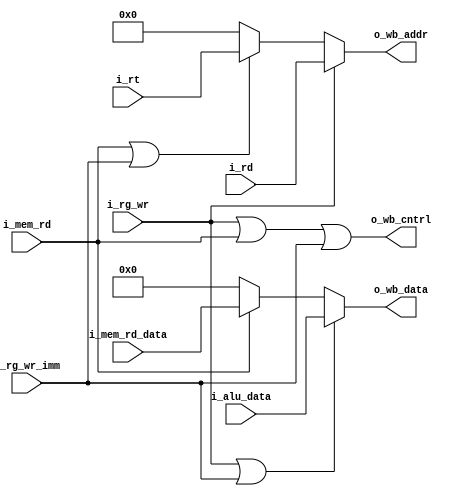
/////////////////////////////////////////////////////////////////////
//
//
//
//
//
/////////////////////////////////////////////////////////////////////





module wb (
    i_rg_wr,
    i_rg_wr_imm,
    i_mem_rd,
    i_rt,
    i_rd,
    i_alu_data,
    i_mem_rd_data,
    o_wb_addr,
    o_wb_cntrl,
    o_wb_data
);


input [0:0] i_rg_wr;
input [0:0] i_rg_wr_imm;
input [0:0] i_mem_rd;
input [4:0] i_rt;
input [4:0] i_rd;
input [31:0] i_alu_data;
input [31:0] i_mem_rd_data;
output [4:0] o_wb_addr;
reg [4:0] o_wb_addr;
output [0:0] o_wb_cntrl;
wire [0:0] o_wb_cntrl;
output [31:0] o_wb_data;
reg [31:0] o_wb_data;





assign o_wb_cntrl = ((i_rg_wr | i_mem_rd) | i_rg_wr_imm);


always @(i_rd, i_mem_rd, i_rg_wr_imm, i_rt, i_rg_wr) begin: WB_WB_ADDR
    o_wb_addr = 0;
    if ((i_rg_wr == 1)) begin
        o_wb_addr = i_rd;
    end
    else if (((i_mem_rd == 1) | (i_rg_wr_imm == 1))) begin
        o_wb_addr = i_rt;
    end
end


always @(i_mem_rd, i_rg_wr_imm, i_mem_rd_data, i_rg_wr, i_alu_data) begin: WB_WB_DATA
    o_wb_data = 0;
    if (((i_rg_wr == 1) | (i_rg_wr_imm == 1))) begin
        o_wb_data = i_alu_data;
    end
    else if ((i_mem_rd == 1)) begin
        o_wb_data = i_mem_rd_data;
    end
end

endmodule